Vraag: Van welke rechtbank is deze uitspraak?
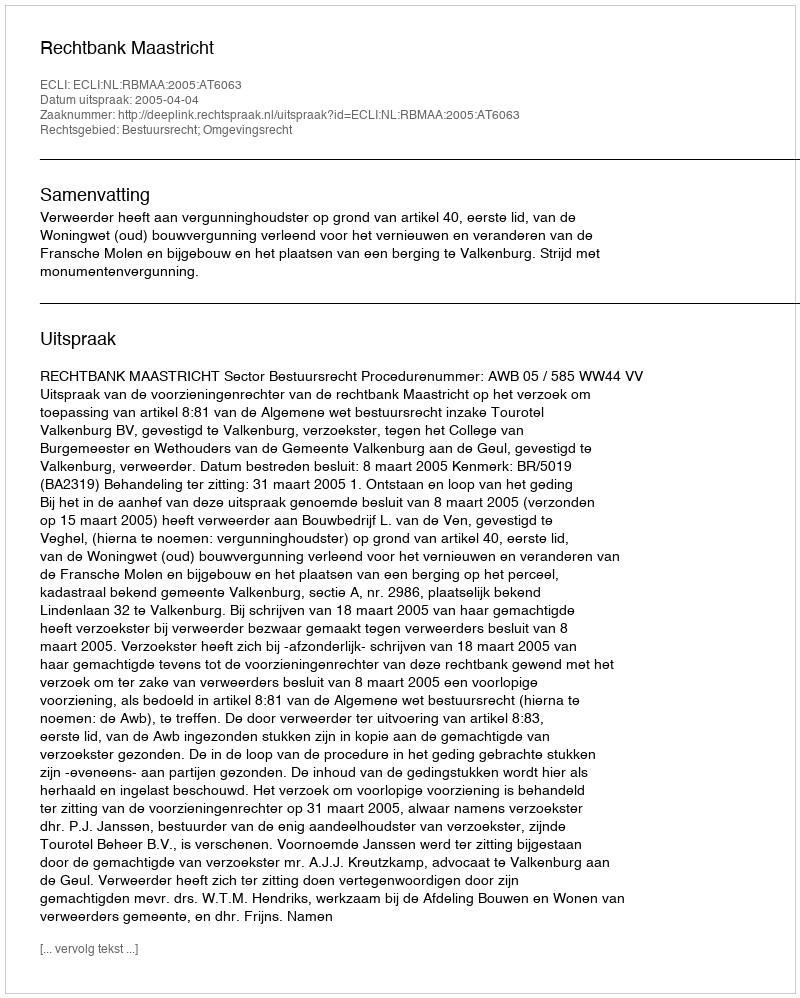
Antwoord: Rechtbank Maastricht